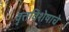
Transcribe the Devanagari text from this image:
वृत्तविशेषाचे